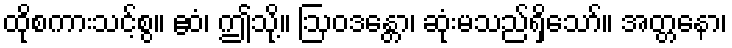
ထိုစကားသင့်စွ။ ဧဝံ၊ ဤသို့။ ဩဝဒန္တော၊ ဆုံးမသည်ရှိသော်။ အတ္တနော၊